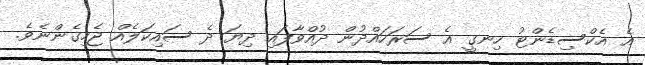
އެ އެކްސިޑެންޓު ހިނގީ އެ ސަރަހައްދުން ދުއްވާފައި ދިޔަ ދެ ސައިކަލެއް ޖެހިގެންނެވެ.